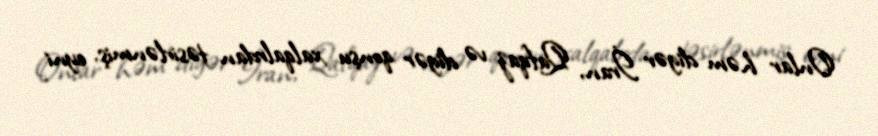
Onlar həm digər İran, Qafqaz və digər qonşu xalqalrdan təsirlənmiş, eyni